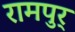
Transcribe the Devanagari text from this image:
रामपुर्